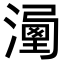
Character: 𣽔